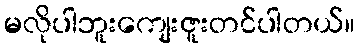
မလိုပါဘူးကျေးဇူးတင်ပါတယ်။